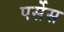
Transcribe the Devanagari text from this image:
पर्सेस